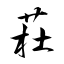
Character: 荰